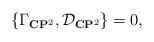
LaTeX: \begin{align*}\{{\Gamma}_{{\bf C}{\bf P}^2},{\cal D}_{{\bf C}{\bf P}^2}\}=0,\end{align*}